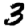
Digit: 3